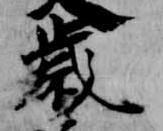
歳